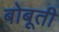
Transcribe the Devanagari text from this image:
बोबूती